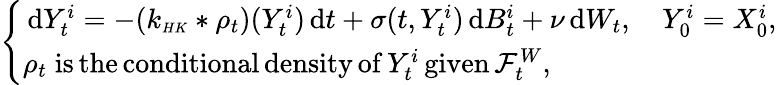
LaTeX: \begin{array}{r}{\left\{ \begin{array}{ll}{\, \mathrm{d}Y_{t}^{i}=-(k_{\scriptscriptstyle{HK}}*\rho_{t})(Y_{t}^{i})\, \mathrm{d}t+\sigma(t,Y_{t}^{i})\, \mathrm{d}B_{t}^{i}+\nu\, \mathrm{d}W_{t},\quad Y_{0}^{i}=X_{0}^{i},}\\ {\rho_{t}\; \mathrm{is\, the\, conditional\, density\, of}\, Y_{t}^{i}\, \mathrm{given}\, \mathcal{F}_{t}^{W},}\end{array}\right.}\end{array}